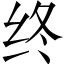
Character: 终